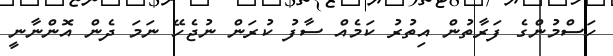
ހަސްމުންގެ ފަރާތުން އިތުރު ކަމެއް ސާފު ކުރަން ނުޖެހޭ ނަމަ ދެން އޮންނާނީ